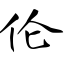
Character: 伦